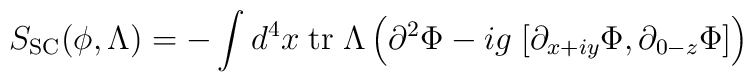
S_{\rm SC}(\phi,\Lambda) = - \int d^4x \; {\rm tr} \; \Lambda \left(  \partial^2 \Phi -  i  g \; [ \partial_{x+i y} \Phi, \partial_{0-z} \Phi  ] \right)